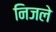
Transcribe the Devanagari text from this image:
निजले